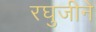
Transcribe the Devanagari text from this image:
रघुजीने